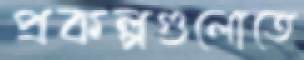
প্রকল্পগুলোতে